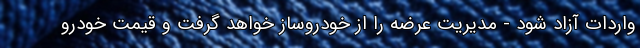
واردات آزاد شود - مدیریت عرضه را از خودروساز خواهد گرفت و قیمت خودرو